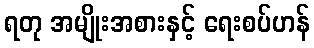
ရတု အမျိုးအစားနှင့် ရေးစပ်ဟန်